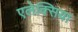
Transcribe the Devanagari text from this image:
एलेक्सिया